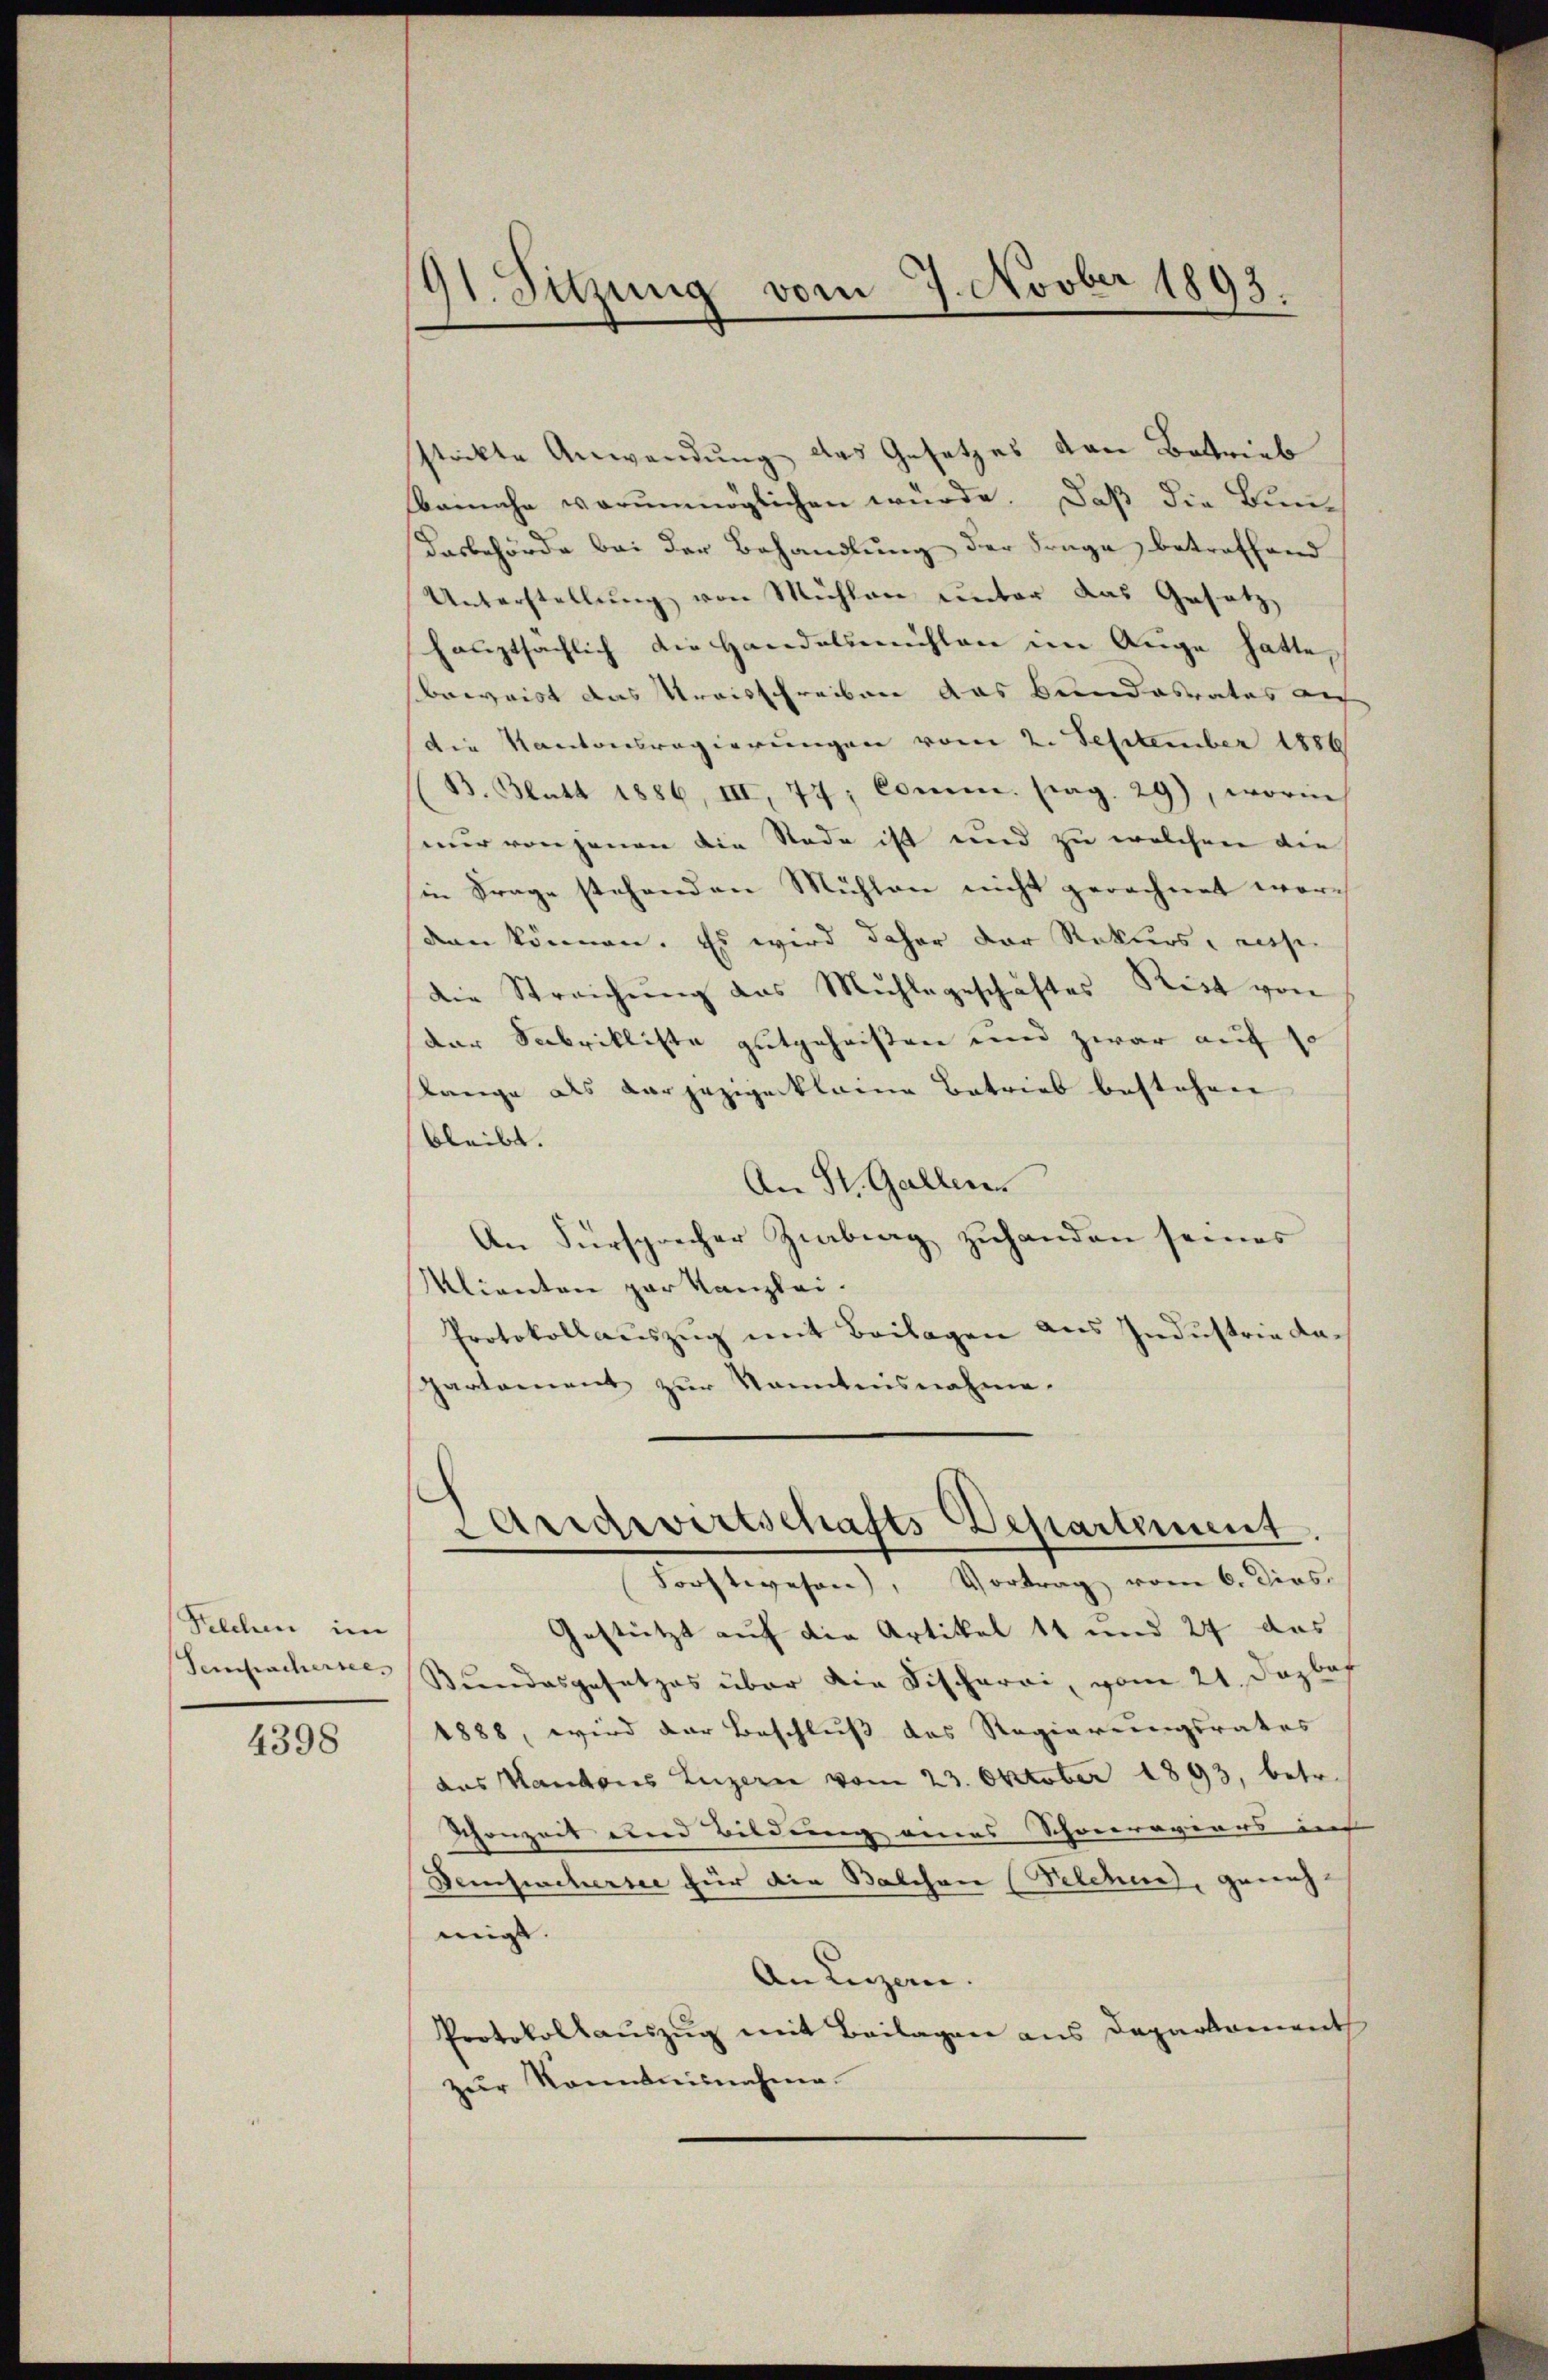
Felchen im
Sempachersees

4398

91. Sitzung vom 7. Novber 1893.

strikte Anwendung des Gesetzes den Betrieb
beinahe verunmöglichen wurde. Daß die Bun¬
Dasbehörde bei der Behandlung der Frage betreffend
Unterstellung von Mühlen unter das Gesetz
haŭptsächlich die Handelsmühlen im Auge hatte,
Beweist das Kreisschreiben das Bundesrates au
die Kantonsregierungen vom 2. September 1889
B. Blatt 1886, III, 77, Comm. pag. 29), worin
nur von jenen die Rade ist und zu welchen die
in Frage stehenden Mühlen nicht gerechnet worden können. Es wird daher der Rekurs, eise
Die Streichung des Mühlegeschäftes Ritt von
der Sabrikliste gutgeheißen und zwar auf so
tange als vorjezigeklame Betrieb bestehen
bleibt.
An St. Gallen
An Fürsprecher Zibrag zuhanden seines
Klienten par Kanzlei.
Protokollauszug mit Beilagen aus Industrie dapartement zur Kenntnisnahme.

Landwirtschafts-Departement
Forstwesen), Vortrag vom 6. dies.

Gestützt auf die Artikel 11 und 24 das
Bundesgesetzes über die Fischerei, vom 21. Dezbof
1888, wird der Beschluss des Regierungsrates |
das Kantons Luzern vom 23. Oktober 1893, betr.
Schonzeit und Bildung eines Schwereviars ins
Beifachersee für die Walchen (Felchen, genug
migt.
An Luzan.
Protokollauszug mit Beilagen aus Departament
zur Kenntnisnahme.